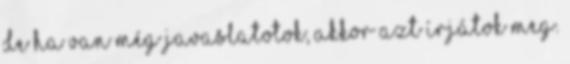
de ha van még javaslatotok, akkor azt írjátok meg.